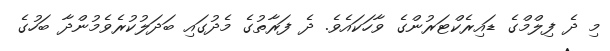
މި ދެ ފިލްމްގެ ޑައިރެކްޓަރުންގެ ވާހަކައެވެ. ދެ ފަރާތުގެ މެދުގައި ބަދަލުކުރެވެމުންދާ ބަހުގެ